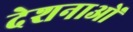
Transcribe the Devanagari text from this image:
देशनाओं